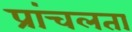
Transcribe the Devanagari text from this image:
प्रांचलता